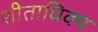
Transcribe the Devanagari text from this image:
शीताधिक्य